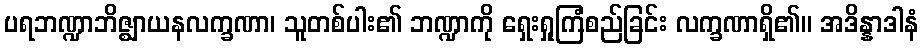
ပရဘဏ္ဍာဘိဇ္ဈာယနလက္ခဏာ၊ သူတစ်ပါး၏ ဘဏ္ဍာကို ရှေးရှုကြံစည်ခြင်း လက္ခဏာရှိ၏။ အဒိန္နာဒါနံ